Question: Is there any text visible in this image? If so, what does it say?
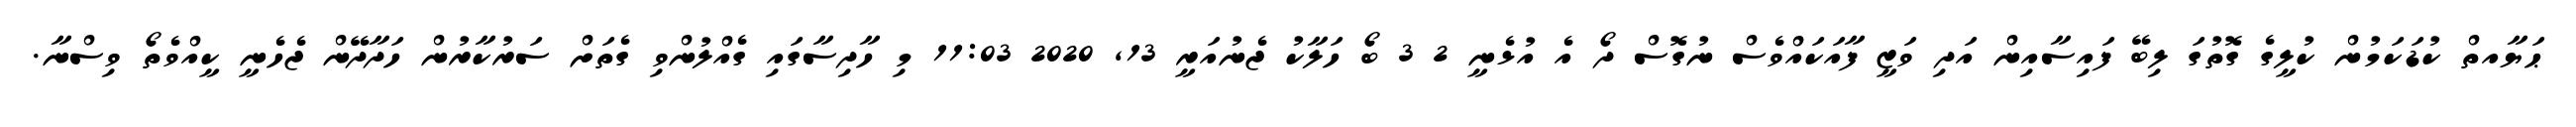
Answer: ޙަޔާއތް ކުޑަކަމުން ކުލީގެ ގޮތުގަ ލިބޭ ފައިސާއިން އަދި ވަޒީ ފާއަކައްވެސް ނުގޮސް ދޯ އެ އުޅެނީ 2 3 ބޯ ހަލާކު ޖެނުއަރީ 13, 2020 11:03 މި ހާދިސާގައި ގެއްލުންވި ގެތަށް ސަރުކާރުން ހަދާދޭން ޖެހެނީ ކީއްވެތޯ ވިސްނާ.